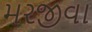
મરજીવા